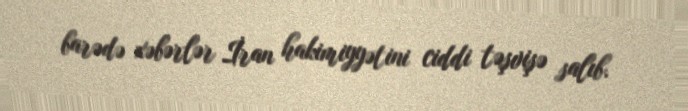
barədə xəbərlər İran hakimiyyətini ciddi təşvişə salıb.